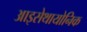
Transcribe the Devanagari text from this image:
आइसेथायोनिक